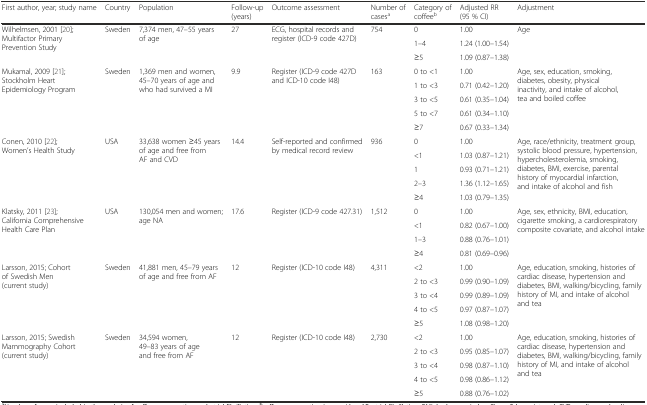
<table><thead><tr><td><b>First author, year; study name</b></td><td><b>Country</b></td><td><b>Population</b></td><td><b>Follow-up (years)</b></td><td><b>Outcome assessment</b></td><td><b>Number of cases<sup>a</sup></b></td><td><b>Category of coffee<sup>b</sup></b></td><td><b>Adjusted RR (95 % CI)</b></td><td><b>Adjustment</b></td></tr></thead><tbody><tr><td rowspan="3">Wilhelmsen, 2001 [20]; Multifactor Primary Prevention Study</td><td rowspan="3">Sweden</td><td rowspan="3">7,374 men, 47–55 years of age</td><td rowspan="3">27</td><td rowspan="3">ECG, hospital records and register (ICD-9 code 427D)</td><td rowspan="3">754</td><td>0</td><td>1.00</td><td rowspan="3">Age</td></tr><tr><td>1–4</td><td>1.24 (1.00–1.54)</td></tr><tr><td>≥5</td><td>1.09 (0.87–1.38)</td></tr><tr><td rowspan="5">Mukamal, 2009 [21]; Stockholm Heart Epidemiology Program</td><td rowspan="5">Sweden</td><td rowspan="5">1,369 men and women, 45–70 years of age and who had survived a MI</td><td rowspan="5">9.9</td><td rowspan="5">Register (ICD-9 code 427D and ICD-10 code I48)</td><td rowspan="5">163</td><td>0 to &lt;1</td><td>1.00</td><td rowspan="5">Age, sex, education, smoking, diabetes, obesity, physical inactivity, and intake of alcohol, tea and boiled coffee</td></tr><tr><td>1 to &lt;3</td><td>0.71 (0.42–1.20)</td></tr><tr><td>3 to &lt;5</td><td>0.61 (0.35–1.04)</td></tr><tr><td>5 to &lt;7</td><td>0.61 (0.34–1.10)</td></tr><tr><td>≥7</td><td>0.67 (0.33–1.34)</td></tr><tr><td rowspan="5">Conen, 2010 [22]; Women’s Health Study</td><td rowspan="5">USA</td><td rowspan="5">33,638 women ≥45 years of age and free from AF and CVD</td><td rowspan="5">14.4</td><td rowspan="5">Self-reported and confirmed by medical record review</td><td rowspan="5">936</td><td>0</td><td>1.00</td><td rowspan="5">Age, race/ethnicity, treatment group, systolic blood pressure, hypertension, hypercholesterolemia, smoking, diabetes, BMI, exercise, parental history of myocardial infarction, and intake of alcohol and fish</td></tr><tr><td>&lt;1</td><td>1.03 (0.87–1.21)</td></tr><tr><td>1</td><td>0.93 (0.71–1.21)</td></tr><tr><td>2–3</td><td>1.36 (1.12–1.65)</td></tr><tr><td>≥4</td><td>1.03 (0.79–1.35)</td></tr><tr><td rowspan="4">Klatsky, 2011 [23]; California Comprehensive Health Care Plan</td><td rowspan="4">USA</td><td rowspan="4">130,054 men and women; age NA</td><td rowspan="4">17.6</td><td rowspan="4">Register (ICD-9 code 427.31)</td><td rowspan="4">1,512</td><td>0</td><td>1.00</td><td rowspan="4">Age, sex, ethnicity, BMI, education, cigarette smoking, a cardiorespiratory composite covariate, and alcohol intake</td></tr><tr><td>&lt;1</td><td>0.82 (0.67–1.00)</td></tr><tr><td>1–3</td><td>0.88 (0.76–1.01)</td></tr><tr><td>≥4</td><td>0.81 (0.69–0.96)</td></tr><tr><td rowspan="5">Larsson, 2015; Cohort of Swedish Men (current study)</td><td rowspan="5">Sweden</td><td rowspan="5">41,881 men, 45–79 years of age and free from AF</td><td rowspan="5">12</td><td rowspan="5">Register (ICD-10 code I48)</td><td rowspan="5">4,311</td><td>&lt;2</td><td>1.00</td><td rowspan="5">Age, education, smoking, histories of cardiac disease, hypertension and diabetes, BMI, walking/bicycling, family history of MI, and intake of alcohol and tea</td></tr><tr><td>2 to &lt;3</td><td>0.99 (0.90–1.09)</td></tr><tr><td>3 to &lt;4</td><td>0.99 (0.89–1.09)</td></tr><tr><td>4 to &lt;5</td><td>0.97 (0.87–1.07)</td></tr><tr><td>≥5</td><td>1.08 (0.98–1.20)</td></tr><tr><td rowspan="5">Larsson, 2015; Swedish Mammography Cohort (current study)</td><td rowspan="5">Sweden</td><td rowspan="5">34,594 women, 49–83 years of age and free from AF</td><td rowspan="5">12</td><td rowspan="5">Register (ICD-10 code I48)</td><td rowspan="5">2,730</td><td>&lt;2</td><td>1.00</td><td rowspan="5">Age, education, smoking, histories of cardiac disease, hypertension and diabetes, BMI, walking/bicycling, family history of MI, and intake of alcohol and tea</td></tr><tr><td>2 to &lt;3</td><td>0.95 (0.85–1.07)</td></tr><tr><td>3 to &lt;4</td><td>0.98 (0.87–1.10)</td></tr><tr><td>4 to &lt;5</td><td>0.98 (0.86–1.12)</td></tr><tr><td>≥5</td><td>0.88 (0.76–1.02)</td></tr></tbody></table>